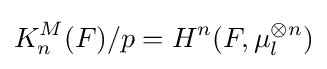
K_{n}^{M}(F)/p=H^{n}(F,\mu _{l}^{\otimes n})